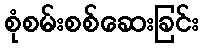
စုံစမ်းစစ်ဆေးခြင်း